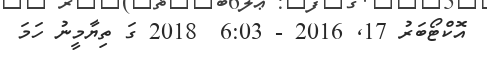
އޮކްޓޯބަރު 17